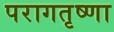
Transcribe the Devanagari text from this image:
परागतृष्णा